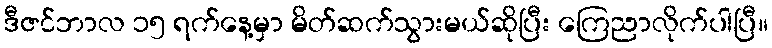
ဒီဇင်ဘာလ ၁၅ ရက်နေ့မှာ မိတ်ဆက်သွားမယ်ဆိုပြီး ကြေညာလိုက်ပါပြီ။